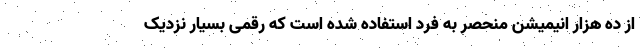
از ده هزار انیمیشن منحصر به فرد استفاده شده است که رقمی بسیار نزدیک